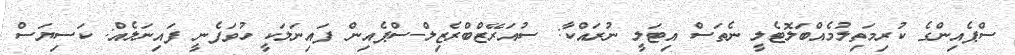
ސްޕެއިންގެ ކުރިމަތިލުމެއްބަލޮޓެލީ ނެތަސް އިޓަލީ ނުރައްކާ: ސުއަރޭޒްބްރެޒިލް-ސްޕެއިން ފައިނަލަކީ ހުވަފެނީ ފައިނަލެއް: ކަސިޔަސް